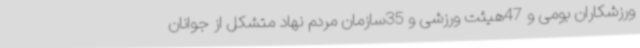
ورزشکاران بومی و 47هیئت ورزشی و 35سازمان مردم نهاد متشکل از جوانان